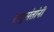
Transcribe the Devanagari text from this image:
राष्ट्रसंतांनी